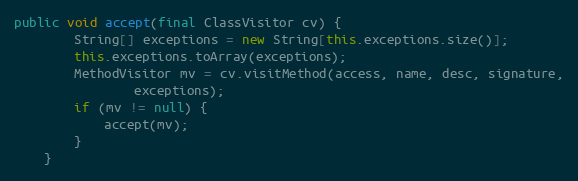
Language: Java
public void accept(final ClassVisitor cv) {
        String[] exceptions = new String[this.exceptions.size()];
        this.exceptions.toArray(exceptions);
        MethodVisitor mv = cv.visitMethod(access, name, desc, signature,
                exceptions);
        if (mv != null) {
            accept(mv);
        }
    }